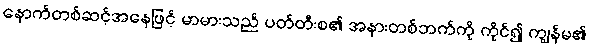
နောက်တစ်ဆင့်အနေဖြင့် မာမားသည် ပတ်တီးစ၏ အနားတစ်ဘက်ကို ကိုင်၍ ကျွန်မ၏